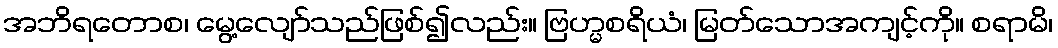
အဘိရတောစ၊ မွေ့လျော်သည်ဖြစ်၍လည်း။ ဗြဟ္မစရိယံ၊ မြတ်သောအကျင့်ကို။ စရာမိ၊